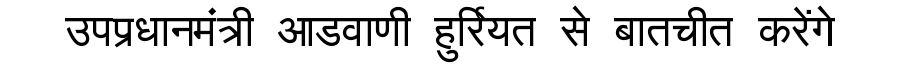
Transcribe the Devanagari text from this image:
उपप्रधानमंत्री आडवाणी हुर्रियत से बातचीत करेंगे